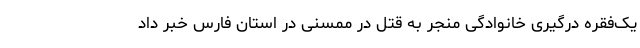
یک‌فقره درگیری خانوادگی منجر به قتل در ممسنی در استان فارس خبر داد